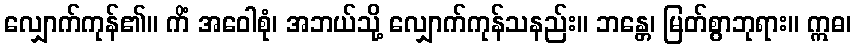
လျှောက်ကုန်၏။ ကိံ အဝေါစုံ၊ အဘယ်သို့ လျှောက်ကုန်သနည်း။ ဘန္တေ၊ မြတ်စွာဘုရား။ ဣဓ၊